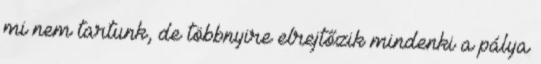
mi nem tartunk, de többnyire elrejtőzik mindenki a pálya